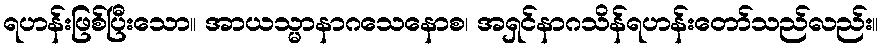
ရဟန်းဖြစ်ပြီးသော။ အာယသ္မာနာဂသေနောစ၊ အရှင်နာဂသိန်ရဟန်းတော်သည်လည်း။